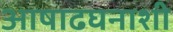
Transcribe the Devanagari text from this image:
आषाढघनाशी